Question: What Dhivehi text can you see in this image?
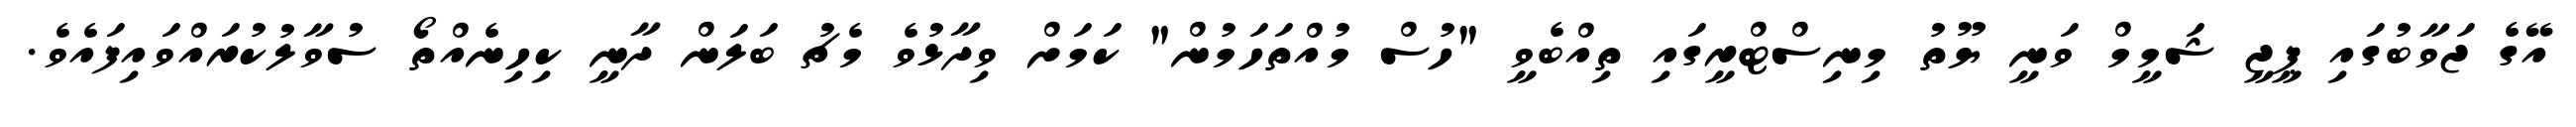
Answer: އޭގެ ޖަވާބުގައި ޕީޖީ ޝަމީމް ވަނީ ޔޫތު މިނިސްޓްރީގައި ތިއްބެވީ "ހުސް މުއްތަހަމުން" ކަމަށް ވިދާޅުވެ މެޗު ބަލަން ދާނީ ކިހިނެއްތޯ ސުވާލުކުރައްވައިފައެވެ.